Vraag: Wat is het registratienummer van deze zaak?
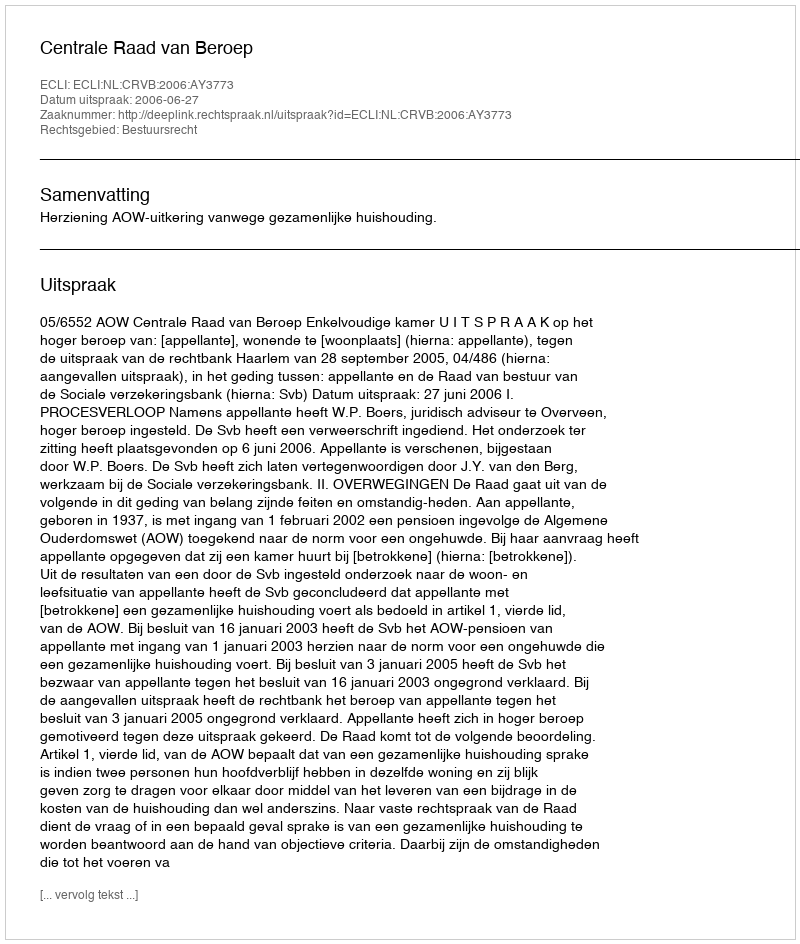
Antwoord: http://deeplink.rechtspraak.nl/uitspraak?id=ECLI:NL:CRVB:2006:AY3773